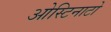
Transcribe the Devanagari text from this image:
ओस्टिनाटो